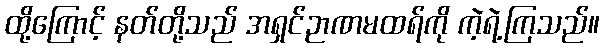
ထို့ကြောင့် နတ်တို့သည် အရှင်ဉာဏမထရ်ကို ကဲ့ရဲ့ကြသည်။